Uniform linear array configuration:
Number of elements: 32
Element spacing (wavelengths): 0.5
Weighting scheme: hann
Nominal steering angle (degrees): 60
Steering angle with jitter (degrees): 60.854
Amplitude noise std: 0.05
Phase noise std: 0.05

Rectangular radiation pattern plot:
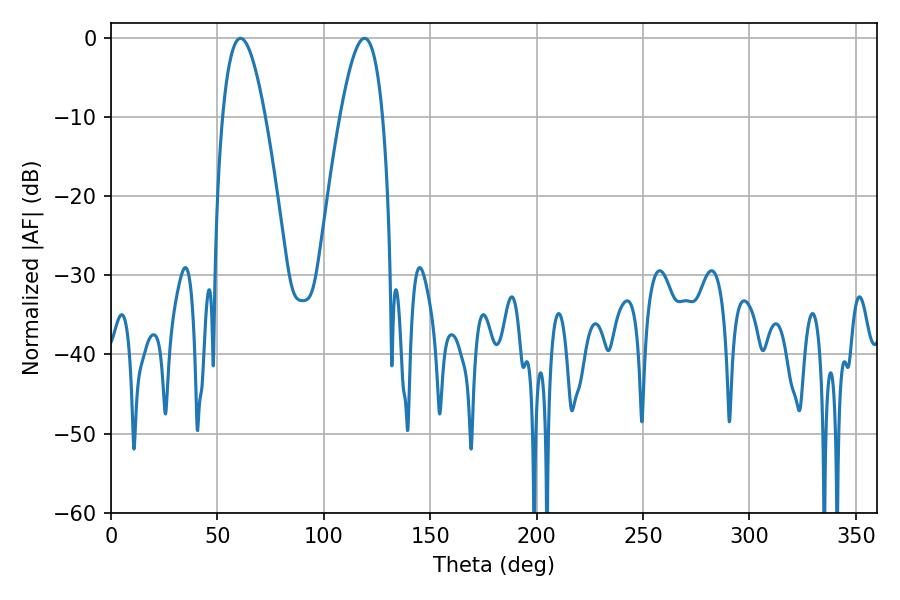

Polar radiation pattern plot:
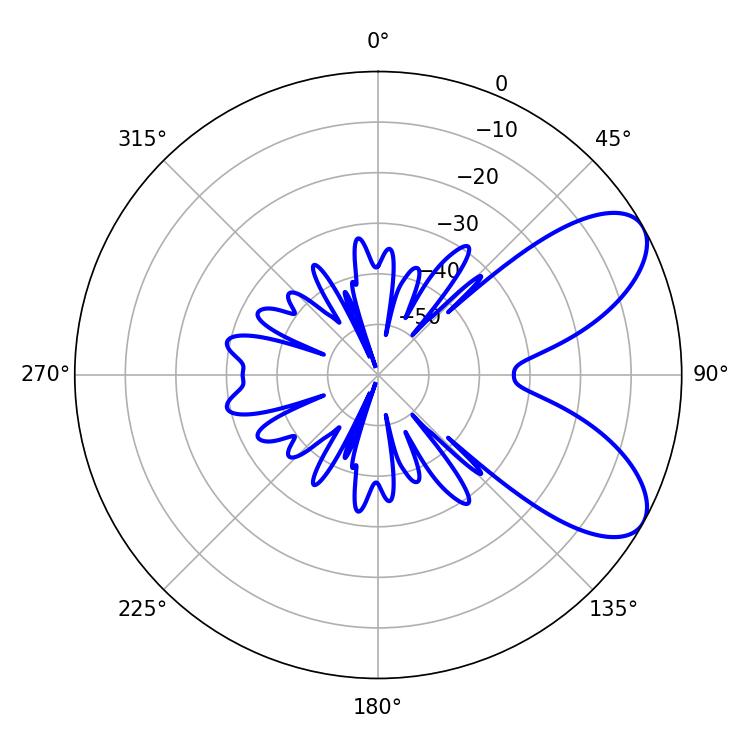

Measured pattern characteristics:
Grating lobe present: FALSE
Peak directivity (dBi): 7.425
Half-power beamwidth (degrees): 10.98
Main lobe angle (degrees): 60.84